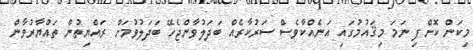
މިކަން ކޮށްފި ނަމަ މިޤައުމުގައި އަނެއްކާވެސް ސަރުކާރެއް ބަދަލުވާންޖެހޭ ބަދަލުވުމަށް ރައްޔިތުން ތައްޔާރުވާން